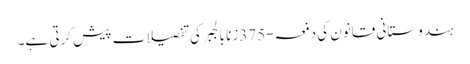
ہندوستانی قانون کی دفعہ-375زنا بالجبر کی تفصیلات پیش کرتی ہے۔